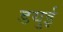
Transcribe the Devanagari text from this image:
डयुई